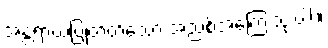
အန္တရာယ်ပြုတတ်သော အညစ်အကြေးသုံးပါး။